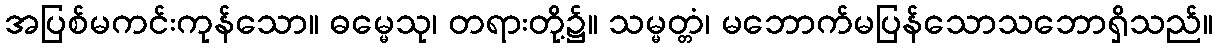
အပြစ်မကင်းကုန်သော။ ဓမ္မေသု၊ တရားတို့၌။ သမ္မတ္တံ၊ မဘောက်မပြန်သောသဘောရှိသည်။